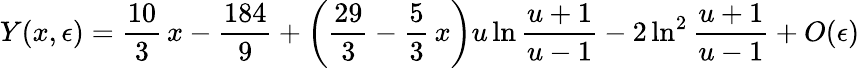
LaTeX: Y(x,\epsilon)=\frac{10}{3}\, x-\frac{184}{9}+\left(\frac{29}{3}-\frac 53\, x\right)u\ln\frac{u+1}{u-1}-2\ln^{2}\frac{u+1}{u-1}+O(\epsilon)